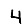
Digit: 4